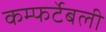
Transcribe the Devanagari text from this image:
कम्फर्टेबली